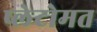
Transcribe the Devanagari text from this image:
प्लेटोमत